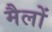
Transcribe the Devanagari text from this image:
मैलों